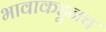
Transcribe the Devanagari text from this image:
भावाकडूनच